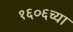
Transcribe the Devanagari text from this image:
१६०६च्या